Scottish Leaving Certificate Examination, 1955
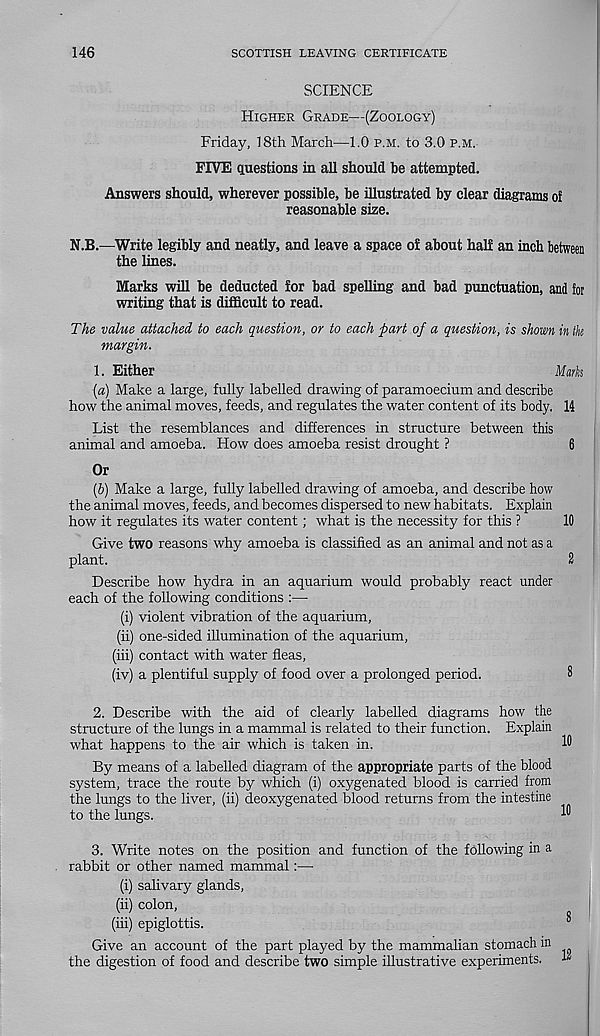
146
SCOTTISH LEAVING CERTIFICATE
SCIENCE
Higher Grade—(Zoology)
Friday, 18th March—1.0 p.m. to 3.0 p.m.
FIVE questions in all should be attempted.
Answers should, wherever possible, be illustrated by clear diagrams of
reasonable size.
N.B.—Write legibly and neatly, and leave a space of about half an inch between
the lines.
Marks will be deducted for bad spelling and bad punctuation, and for
writing that is difficult to read.
The value attached to each question, or to each part of a question, is shown in the
margin.
1. Either
Marks
(a) Make a large, fully labelled drawing of paramoecium and describe
how the animal moves, feeds, and regulates the water content of its body. 14
List the resemblances and differences in structure between this
animal and amoeba. How does amoeba resist drought ?
6
Or
(b) Make a large, fully labelled drawing of amoeba, and describe how
the animal moves, feeds, and becomes dispersed to new habitats. Explain
how it regulates its water content; what is the necessity for this ?
10
Give two reasons why amoeba is classified as an animal and not as a
plant.
2
Describe how hydra in an aquarium would probably react under
each of the following conditions :—
(i) violent vibration of the aquarium,
(ii) one-sided illumination of the aquarium,
(hi) contact with water fleas,
(iv) a plentiful supply of food over a prolonged period.
8
2. Describe with the aid of clearly labelled diagrams how the
structure of the lungs in a mammal is related to their function. Explain
what happens to the air which is taken in.
18
By means of a labelled diagram of the appropriate parts of the blood
system, trace the route by which (i) oxygenated blood is carried from
the lungs to the liver, (ii) deoxygenated blood returns from the intestine
to the lungs.
18
3. Write notes on the position and function of the following in a
rabbit or other named mammal:—
(i) salivary glands,
(ii) colon,
(hi) epiglottis.
^
Give an account of the part played by the mammalian stomach in
the digestion of food and describe two simple illustrative experiments.